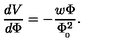
{ \frac { d V } { d \Phi } } = - { \frac { w \Phi } { \Phi _ { \! _ { 0 } } ^ { 2 } } } .